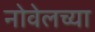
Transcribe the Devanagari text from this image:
नोवेलच्या